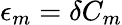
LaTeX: \epsilon_{m}=\delta C_{m}